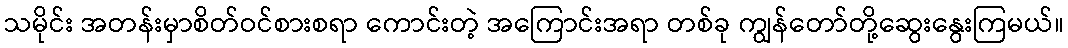
သမိုင်း အတန်းမှာစိတ်ဝင်စားစရာ ကောင်းတဲ့ အကြောင်းအရာ တစ်ခု ကျွန်တော်တို့ဆွေးနွေးကြမယ်။